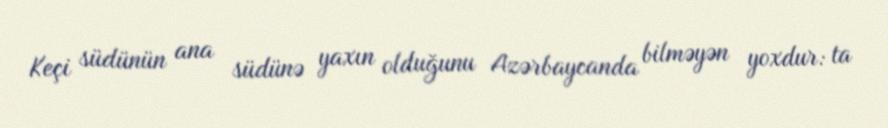
Keçi südünün ana südünə yaxın olduğunu Azərbaycanda bilməyən yoxdur: ta